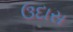
ઉદાસ